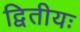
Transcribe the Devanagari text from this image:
द्वितीयः